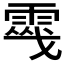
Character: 𩃔